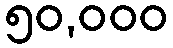
၅၀,၀၀၀